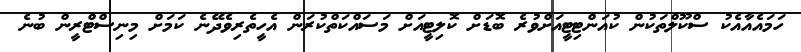
ހަމައެއާއެކު ސްކޫލްތަކުން ކުއަންޓިޓީއަށްވުރެ ބޮޑަށް ކޮލިޓީއަށް މަސައްކަތްކުރަން އެހީތެރިވެދޭނެ ކަމަށް މިނިސްޓްރީން ބުނެ